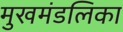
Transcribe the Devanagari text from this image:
मुखमंडलिका